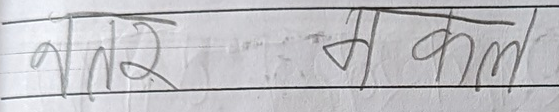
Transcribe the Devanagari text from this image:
आज र भोलि